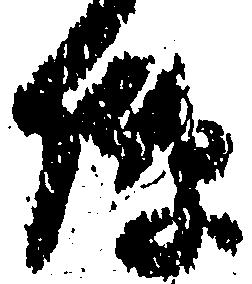
隙